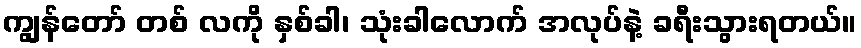
ကျွန်တော် တစ် လကို နှစ်ခါ၊ သုံးခါလောက် အလုပ်နဲ့ ခရီးသွားရတယ်။